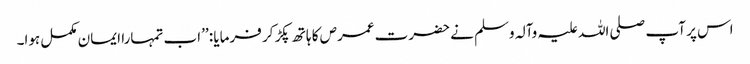
اس پر آپ صلی اللہ علیہ وآلہ وسلم نے حضرت عمرص کا ہاتھ پکڑ کر فرمایا : ’’اب تمہارا ایمان مکمل ہوا۔